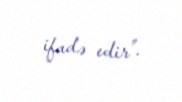
ifadə edir”.